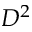
D ^ { 2 }